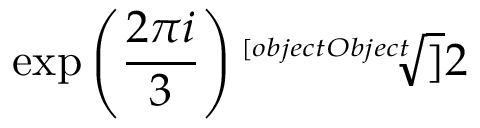
\exp \left( { \frac { 2 \pi i } { 3 } } \right) { \sqrt [ [object Object] ] { 2 } }